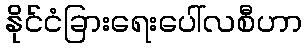
နိုင်ငံခြားရေးပေါ်လစီဟာ